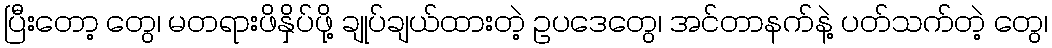
ပြီးတော့ တွေ၊ မတရားဖိနှိပ်ဖို့ ချုပ်ချယ်ထားတဲ့ ဥပဒေတွေ၊ အင်တာနက်နဲ့ ပတ်သက်တဲ့ တွေ၊